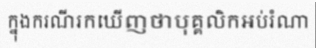
ក្នុងករណីរកឃើញថាបុគ្គលិកអប់រំណា